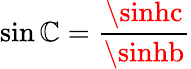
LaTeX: \sin\mathbb{C}={\frac{{\sinhc}}{{\sinhb}}}